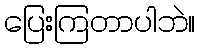
ပြေးကြတာပါဘဲ။